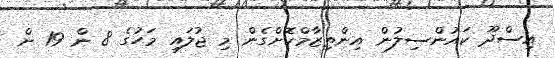
އިސްދޫ ކައުންސިލުން އިންތިޒާމްކޮށްގެން މި ޖުލައި މަހުގެ 8 ން 19 ށް